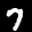
Digit: 7